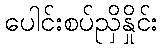
ပေါင်းစပ်ညှိနှိုင်း